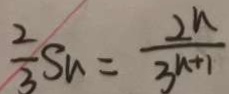
\frac { 2 } { 3 } S _ { n } = \frac { 2 n } { 3 ^ { n + 1 } }